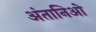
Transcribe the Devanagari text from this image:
अंतानिओ